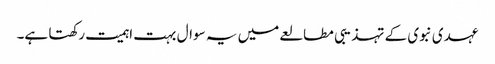
عہدی نبوی کے تہذیبی مطالعے میں یہ سوال بہت اہمیت رکھتا ہے۔